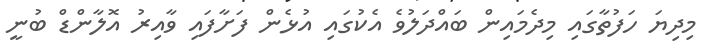
މިދިޔަ ހަފުތާގައި މިދެމައިން ބައްދަލުވެ އެކުގައި އުޅެން ފަށާފައި ވާއިރު އޮލާންޑް ބުނީ